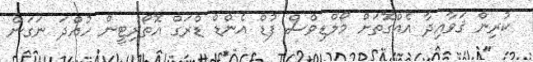
ކުރިން ޤަވާއިދާ އެއްގޮތަށް މޯލްޑިވްސް ފުޑް އެންޑް ޑްރަގް އޮތޯރިޓީން ހުއްދަ ނަގަން